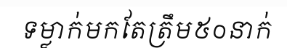
ទម្លាក់មកតែត្រឹម៥០នាក់